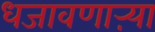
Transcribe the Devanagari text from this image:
धजावणाऱ्या